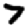
Digit: 7